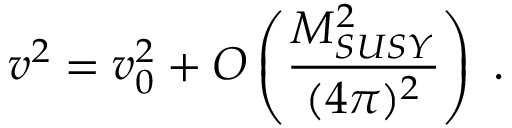
v ^ { 2 } = v _ { 0 } ^ { 2 } + O \left( \frac { M _ { S U S Y } ^ { 2 } } { ( 4 \pi ) ^ { 2 } } \right) \; .